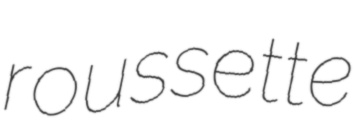
roussette